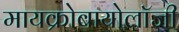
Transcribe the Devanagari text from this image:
मायक्रोबायोलॉजी